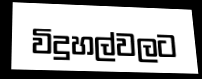
විදුහල්වලට